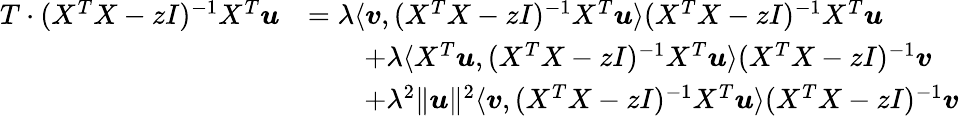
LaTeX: \begin{array}{rl}{T\cdot(X^{T}X-zI)^{-1}X^{T}{\boldsymbol u}}&{=\lambda\langle{\boldsymbol v},(X^{T}X-zI)^{-1}X^{T}{\boldsymbol u}\rangle(X^{T}X-zI)^{-1}X^{T}{\boldsymbol u}}\\ &{\qquad+\lambda\langle X^{T}{\boldsymbol u},(X^{T}X-zI)^{-1}X^{T}{\boldsymbol u}\rangle(X^{T}X-zI)^{-1}{\boldsymbol v}}\\ &{\qquad+\lambda^{2}\| {\boldsymbol u}\| ^{2}\langle{\boldsymbol v},(X^{T}X-zI)^{-1}X^{T}{\boldsymbol u}\rangle(X^{T}X-zI)^{-1}{\boldsymbol v}}\end{array}